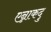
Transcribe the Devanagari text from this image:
एन्नाकदु